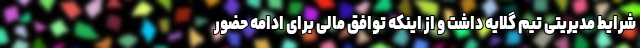
شرایط مدیریتی تیم گلایه داشت و از اینکه توافق مالی برای ادامه حضور